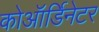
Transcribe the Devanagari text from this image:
कोऑर्डिनेटर